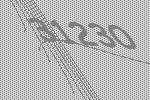
31230